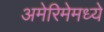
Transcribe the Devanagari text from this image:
अमेरिमेमध्ये